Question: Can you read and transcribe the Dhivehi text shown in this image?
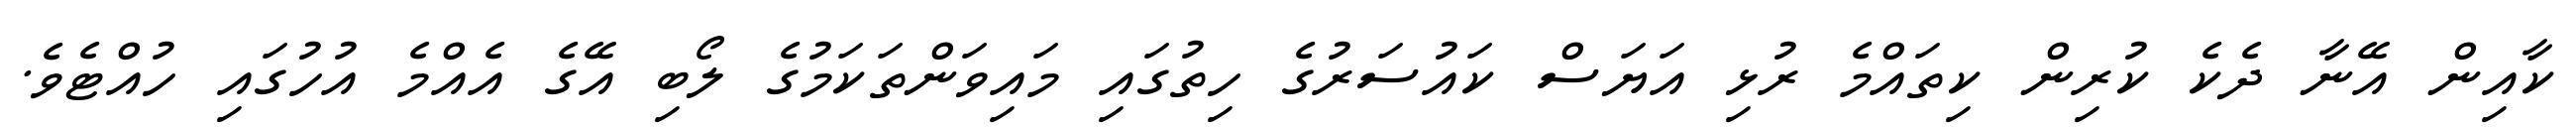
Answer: ކާއިން އޭނާ ދެކެ ކުރިން ކިތައްމެ ރުޅި އަޔަސް ކައުސަރުގެ ހިތުގައި މައިވަންތަކަމުގެ ލޯބި އޭގެ އެއްމެ އުހުގައި ހުއްޓެވެ.